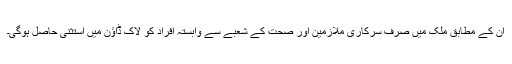
ان کے مطابق ملک میں صرف سرکاری ملازمین اور صحت کے شعبے سے وابستہ افراد کو لاک ڈاؤن میں استثنیٰ حاصل ہوگی۔